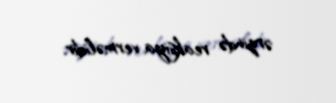
ərzində reaksiya verməlidir.